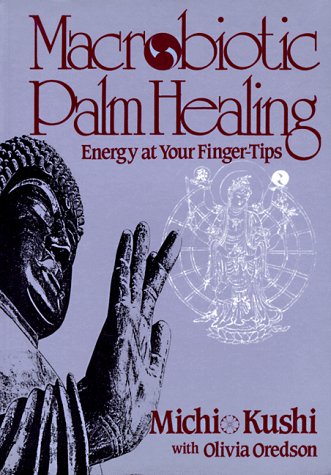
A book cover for Macrobiotic Palm Healing, Energy at Your Fingertips; Michio Kushi; Health, Fitness & Dieting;